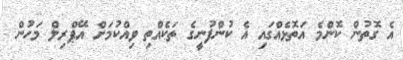
އެ ގޮތުން ކޮންމެ އަތޮޅެއްގައި އެ ކުންފުނީގެ ތަކެއްތި ވިއްކުމަށް އޭޕްރިލް މަހުން